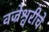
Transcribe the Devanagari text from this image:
वज्रेश्वरीचे